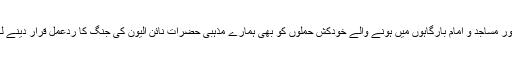
یہاں تک کہ پاکستانی عوام، پاک فورسز اور مساجد و امام بارگاہوں میں ہونے والے خودکش حملوں کو بھی ہمارے مذہبی حضرات نائن الیون کی جنگ کا ردعمل قرار دینے لگے، کچھ تو ابھی تک یہی کہہ رہے ہیں۔